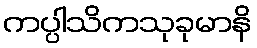
ကပ္ပါသိကသုခုမာနိ